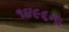
૧૪૯૬ના